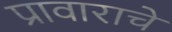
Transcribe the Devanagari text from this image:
प्रावाराचे